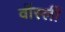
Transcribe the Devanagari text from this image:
वॉर्स्ली